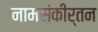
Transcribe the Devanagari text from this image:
नामसंकीर्तन